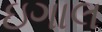
ઇગાલ